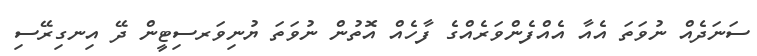
ސަނަދެއް ނުވަތަ އެއާ އެއްފެންވަރެއްގެ ފާހެއް އޮތުން ނުވަތަ ޔުނިވަރސިޓީން ދޭ އިނގިރޭސި